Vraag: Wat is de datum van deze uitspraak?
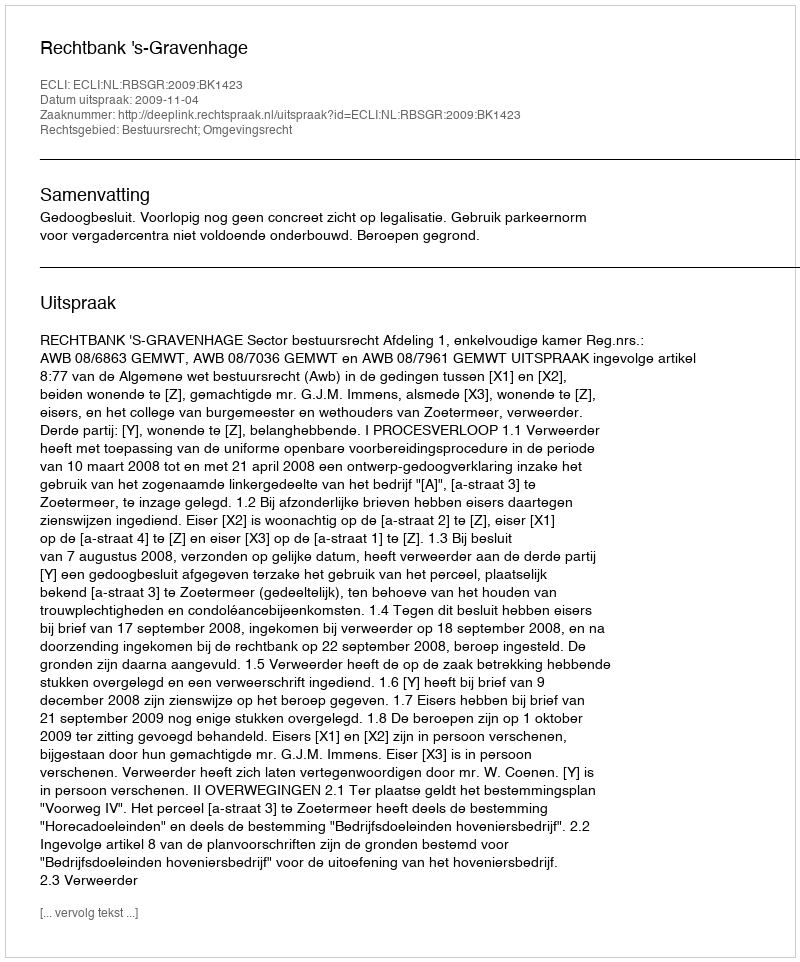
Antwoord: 2009-11-04